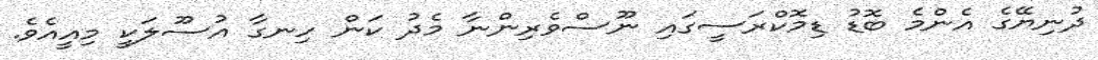
ދުނިޔޭގެ އެންމެ ބޮޑު ޑިމޮކްރަސީގައި ނޫސްވެރިންނާ މެދު ކަން ހިނގާ އުސޫލަކީ މިއީއެވެ.